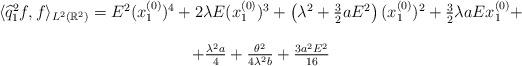
LaTeX: \begin{align*}\begin{array}{c}\langle \widehat{q}_1^2 f,f \rangle_{L^2 (\mathbb{R}^2)}=E^2 (x_1^{(0)})^4 + 2 \lambda E (x_1^{(0)})^3 + \left(\lambda^2 + \frac{3}{2} a E^2 \right) (x_1^{(0)})^2 + \frac{3}{2} \lambda a E x_1^{(0)} + \\\\+\frac{\lambda^2 a}{4} + \frac{\theta^2}{4 \lambda^2 b} + \frac{3 a^2 E^2}{16}\end{array}\end{align*}